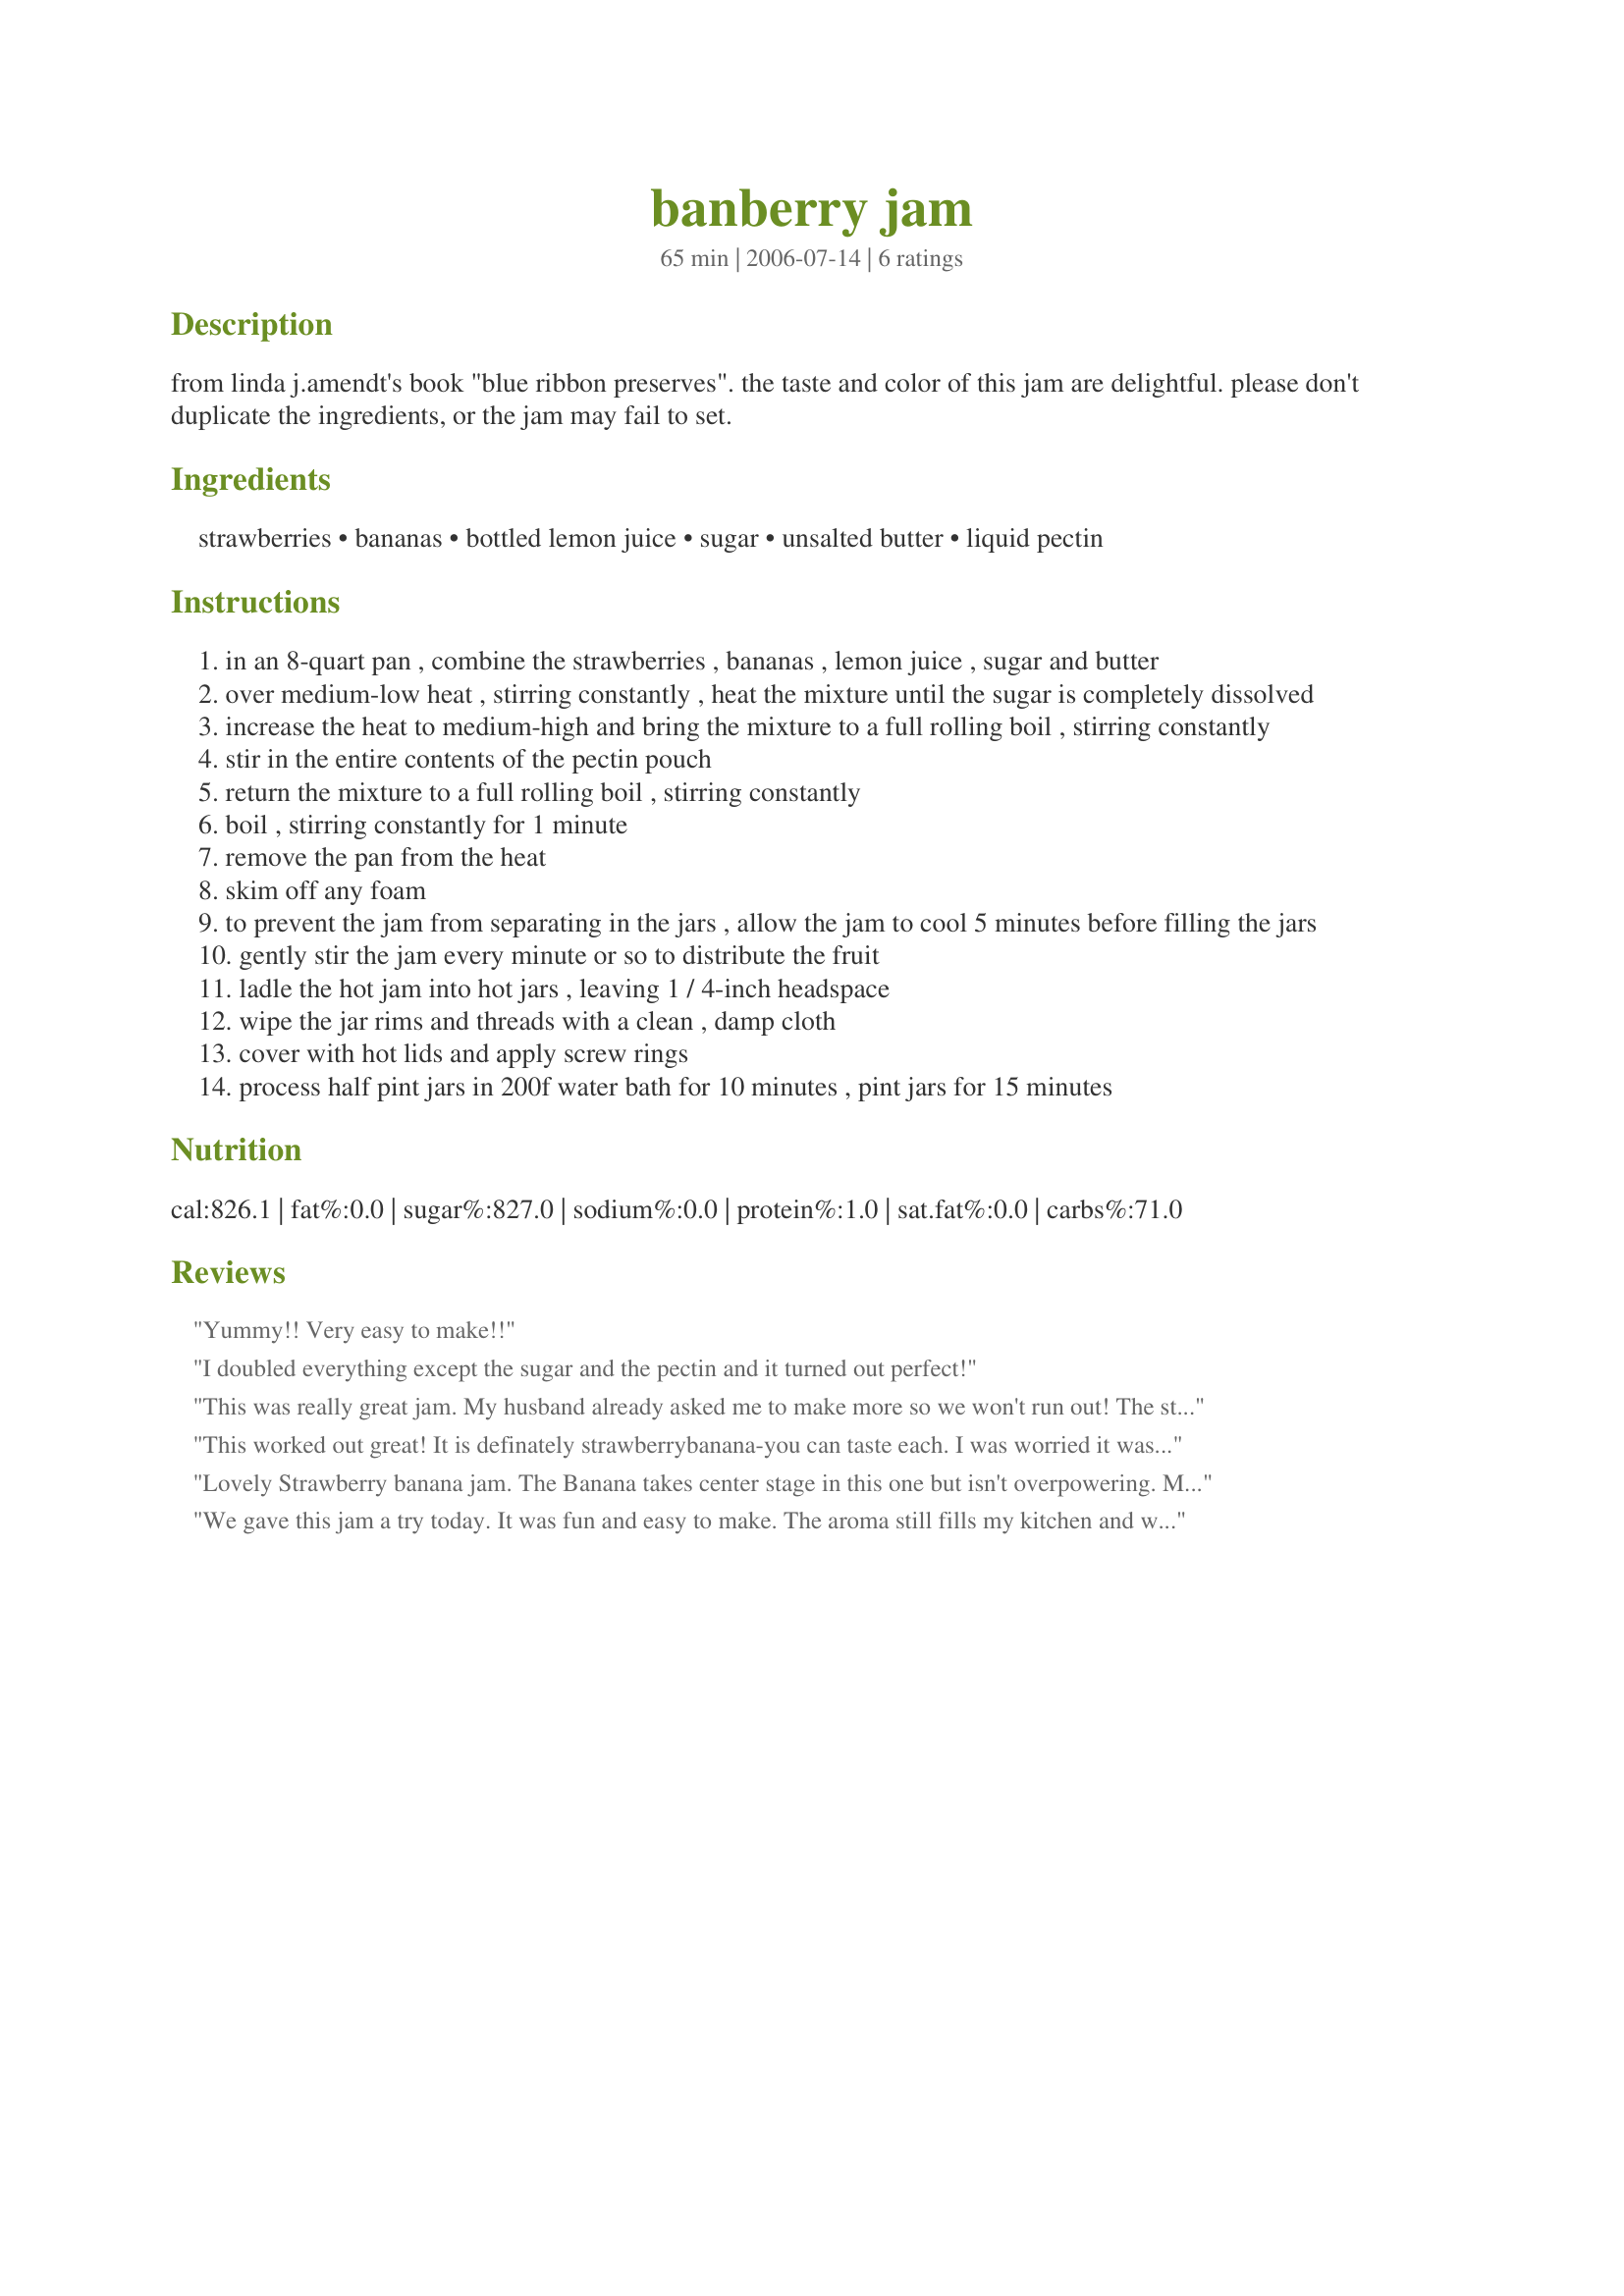
banberry jam
Preparation time: 65 minutes

from linda j.amendt's book "blue ribbon preserves". the taste and color of this jam are delightful. please don't duplicate the ingredients, or the jam may fail to set.

Ingredients:
strawberries, bananas, bottled lemon juice, sugar, unsalted butter, liquid pectin

Steps:
in an 8-quart pan , combine the strawberries , bananas , lemon juice , sugar and butter
over medium-low heat , stirring constantly , heat the mixture until the sugar is completely dissolved
increase the heat to medium-high and bring the mixture to a full rolling boil , stirring constantly
stir in the entire contents of the pectin pouch
return the mixture to a full rolling boil , stirring constantly
boil , stirring constantly for 1 minute
remove the pan from the heat
skim off any foam
to prevent the jam from separating in the jars , allow the jam to cool 5 minutes before filling the jars
gently stir the jam every minute or so to distribute the fruit
ladle the hot jam into hot jars , leaving 1 / 4-inch headspace
wipe the jar rims and threads with a clean , damp cloth
cover with hot lids and apply screw rings
process half pint jars in 200f water bath for 10 minutes , pint jars for 15 minutes

Reviews:
Yummy!! Very easy to make!!
I doubled everything except the sugar and the pectin and it turned out perfect!
This was really great jam. My husband already asked me to make more so we won't run out! The strawberry/banana combo complement each other so nicely.
This worked out great! It is definately strawberrybanana-you can taste each. I was worried it wasn't going to set up b/c it was pretty runny when we went to bed, but it was solid the next morning. It took me about 5 bananas to get enough. I didn't add the butter to reduce the foaming and I would strongly reccomend adding it. I had a TON of foam to skim off!!!!!!
Lovely Strawberry banana jam. The Banana takes center stage in this one but isn't overpowering. My 14 year old son love this one on PB&J sandwiches. Pretty color and sets up nicely; a little loose but that is typical for home canned jams. Thanks for posting! :-)
We gave this jam a try today. It was fun and easy to make. The aroma still fills my kitchen and we can't wait to try it out.
